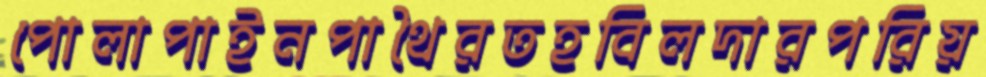
পোলাপাইনপাথৈরতহবিলদারপরিয়